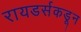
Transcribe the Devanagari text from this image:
रायडर्सकडून